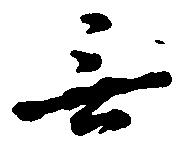
無